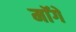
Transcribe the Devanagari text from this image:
माॅगे